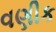
વણીક